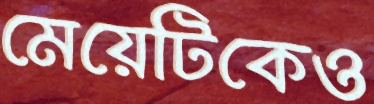
মেয়েটিকেও